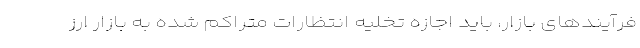
فرآیندهای بازار، باید اجازه تخلیه انتظارات متراکم شده به بازار ارز